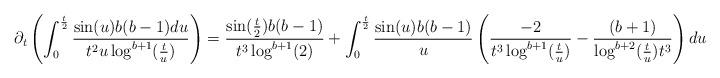
LaTeX: \begin{align*} \partial_{t}\left(\int_{0}^{\frac{t}{2}} \frac{\sin(u)b(b-1) du}{t^{2}u\log^{b+1}(\frac{t}{u})}\right)&= \frac{ \sin(\frac{t}{2}) b(b-1)}{t^{3}\log^{b+1}(2)} + \int_{0}^{\frac{t}{2}} \frac{\sin(u) b(b-1)}{u} \left(\frac{-2}{t^{3}\log^{b+1}(\frac{t}{u})}-\frac{(b+1)}{\log^{b+2}(\frac{t}{u}) t^{3}}\right)du\end{align*}